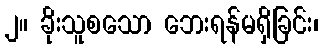
၂။ ခိုးသူစသော ဘေးရန်မရှိခြင်း၊